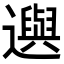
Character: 𨘕